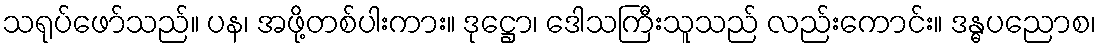
သရုပ်ဖော်သည်။ ပန၊ အဖို့တစ်ပါးကား။ ဒုဋ္ဌော၊ ဒေါသကြီးသူသည် လည်းကောင်း။ ဒန္ဓပညောစ၊